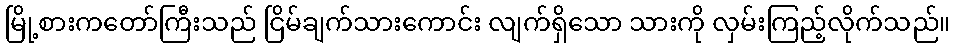
မြို့စားကတော်ကြီးသည် ငြိမ်ချက်သားကောင်း လျက်ရှိသော သားကို လှမ်းကြည့်လိုက်သည်။